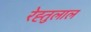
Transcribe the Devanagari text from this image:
रेह्तुलाल